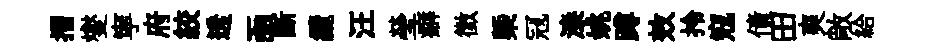
摺燮寜府絞透凾斷纜汪瑩癖徵㮣冦漆姚蹲效拎寇債田爽敞給